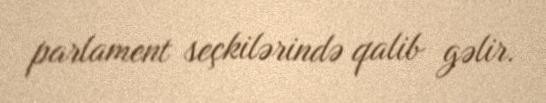
parlament seçkilərində qalib gəlir.